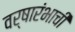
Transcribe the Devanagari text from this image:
वर्षारंभाची